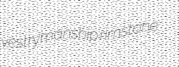
vestrymanship rimstone